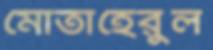
মোতাহেরুল